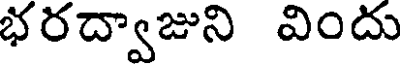
భరద్వాజుని విందు